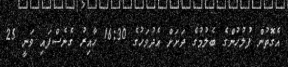
އެގޮތުން ފުލުހުންގެ ބެލުމުގެ ދަށަށް އެދުވަހުގެ 16:30 ހާއިރު ގެނެސްފައި ވަނީ 25